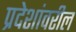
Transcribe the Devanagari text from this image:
प्रदेशांवरील